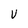
Character: v